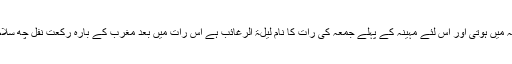
لیلۃ الرغائب اسی مہینہ میں ہوتی اور اس لئے مہینہ کے پہلے جمعہ کی رات کا نام لیلۃ الرغائب ہے اس رات میں بعد مغرب کے بارہ رکعت نفل چھ سلام سے ادا کی جاتی ہیں۔